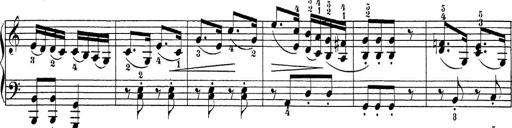
Title: Sonatina Album
Composer: Louis KÃ¶hler